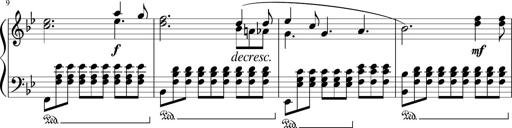
Title: 3 Sonatinen
Composer: Heinrich Lichner